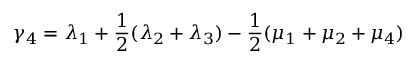
\gamma _ { 4 } = \lambda _ { 1 } + \frac { 1 } { 2 } ( \lambda _ { 2 } + \lambda _ { 3 } ) - \frac { 1 } { 2 } ( \mu _ { 1 } + \mu _ { 2 } + \mu _ { 4 } )